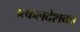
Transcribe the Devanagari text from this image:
उत्कलदेशका